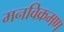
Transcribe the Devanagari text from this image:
मनविक्रमण